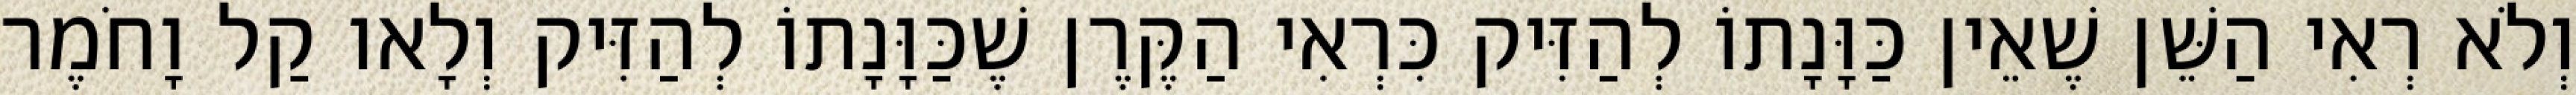
וְלֹא רְאִי הַשֵּׁן שֶׁאֵין כַּוָּנָתוֹ לְהַזִּיק כִּרְאִי הַקֶּרֶן שֶׁכַּוָּנָתוֹ לְהַזִּיק וְלָאו קַל וָחֹמֶר